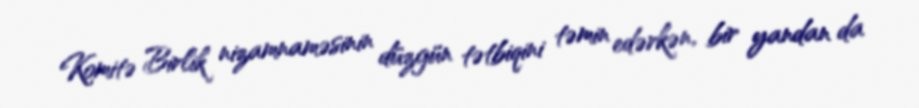
Komitə Birlik nizamnaməsinin düzgün tətbiqini təmin edərkən, bir yandan da